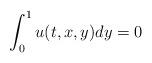
LaTeX: \begin{align*}\int_0^1{u(t,x,y) dy}=0\end{align*}